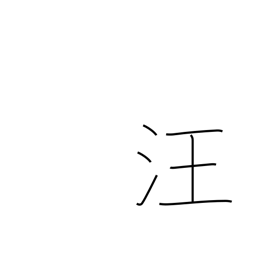
Meaning: expanse of water